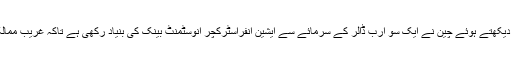
ان مایوس کن حالات کو دیکھتے ہوئے چین نے ایک سو ارب ڈالر کے سرمائے سے ایشین انفراسٹرکچر انوسٹمنٹ بینک کی بنیاد رکھی ہے تاکہ غریب ممالک کی مدد کی جا سکے۔